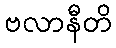
ဗလာနီတိ